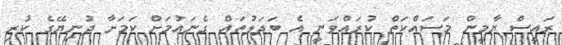
ރައީސް ޔާމީން މަސައްކަތް ކުރައްވަނީ އެ ބަދަލުތައް ގެނައުމަށް ކަމަށާ ދުނިޔޭގެ ކުރި